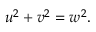
u ^ { 2 } + v ^ { 2 } = w ^ { 2 } .